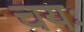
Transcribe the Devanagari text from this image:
चयः